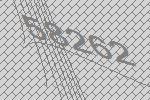
58262